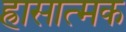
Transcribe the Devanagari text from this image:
ह्रासात्मक